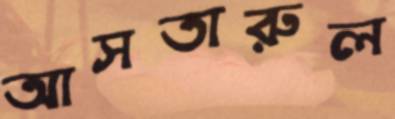
আসতারুল